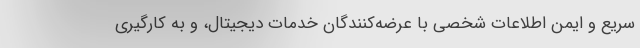
سریع و ایمن اطلاعات شخصی با عرضه‌کنندگان خدمات دیجیتال، و به کارگیری